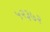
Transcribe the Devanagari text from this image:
५२३७२